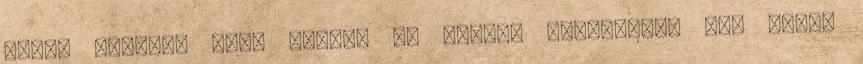
kapok feléje, hogy esélye se legyen védekezni. Nem tudna